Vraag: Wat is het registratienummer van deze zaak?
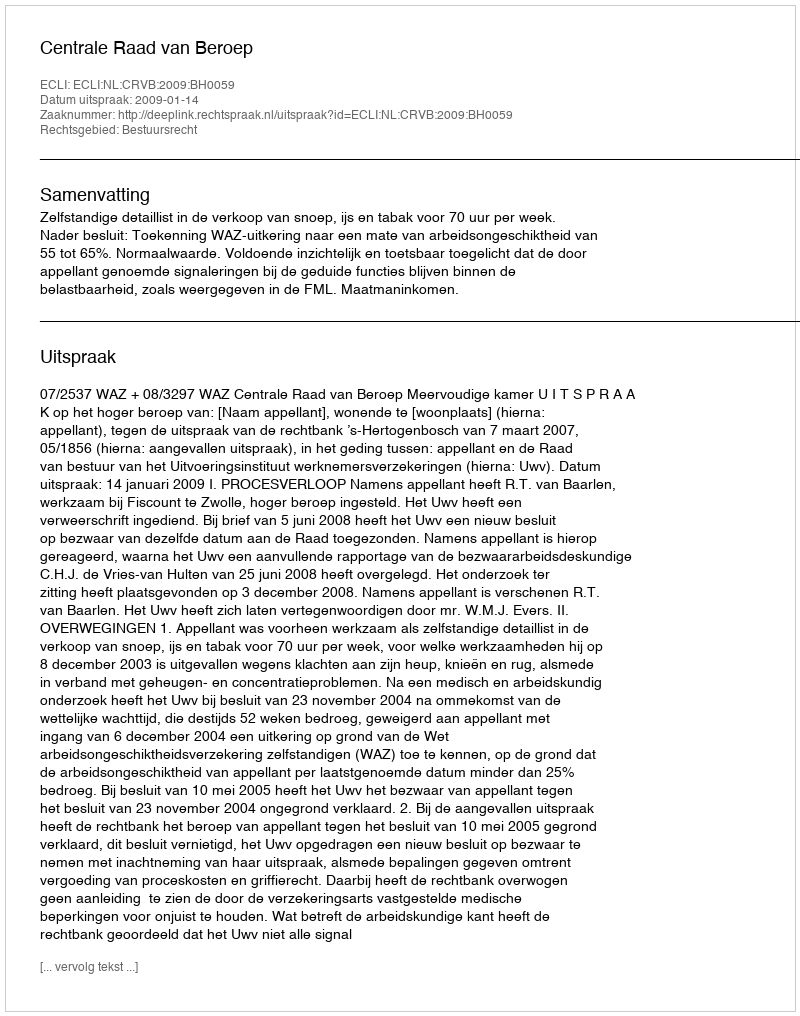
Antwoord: http://deeplink.rechtspraak.nl/uitspraak?id=ECLI:NL:CRVB:2009:BH0059